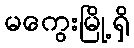
မကွေးမြို့ရှိ